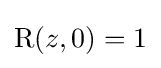
\operatorname {R} (z,0)=1